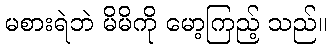
မစားရဲဘဲ မိမိကို မော့ကြည့် သည်။